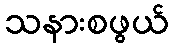
သနားစဖွယ်